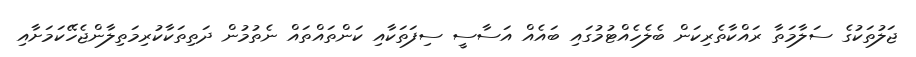
ޖަލުތަކުގެ ސަލާމަތާ ރައްކާތެރިކަން ބެލެހެއްޓުމުގައި ބައެއް އަސާސީ ސިފަތަކާއި ކަންތައްތައް ނެތުމުން ދަތިތަކާކުރިމަތިލާންޖެހޭކަމަށާއި